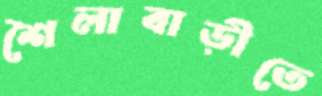
শৈলাবাড়ীতে